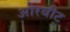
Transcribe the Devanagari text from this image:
ओरबीट